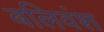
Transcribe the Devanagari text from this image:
बलिवंश